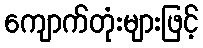
ကျောက်တုံးများဖြင့်